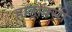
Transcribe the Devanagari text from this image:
हाड्रॉक्सी